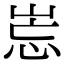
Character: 𡷢